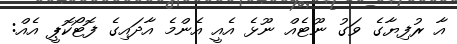
އާ ރުފިޔާގެ ވަގު ނޫޓެއް ނޫޅެ އެއީ އެންމެ އާދައިގެ ފޮޓޯކޮޕީ އެއް: